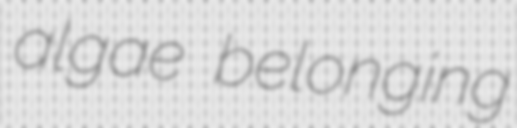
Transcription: algae belonging